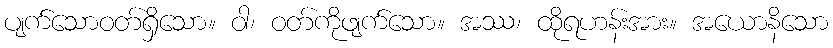
ပျက်သောဝတ်ရှိသော။ ဝါ၊ ဝတ်ကိုဖျက်သော။ အဿ၊ ထိုရဟန်းအား။ အယောနိသော